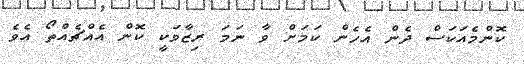
ކޮންމެއަކަސް ދެން އެހެން ކަމަށް ވާ ނަމަ ރިޒާވަކީ ކޮން އެއްޗެއްތޯ އެވެ